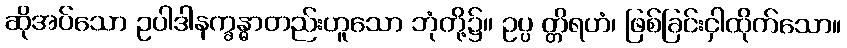
ဆိုအပ်သော ဥပါဒါနက္ခန္ဓာတည်းဟူသော ဘုံတို့၌။ ဥပ္ပ တ္တိရဟံ၊ ဖြစ်ခြင်းငှါထိုက်သော။